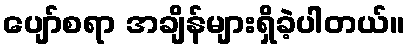
ပျော်စရာ အချိန်များရှိခဲ့ပါတယ်။